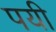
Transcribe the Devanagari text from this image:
पयी